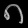
Digit: ၈